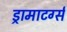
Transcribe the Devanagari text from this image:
ड्रामाटर्ग्स